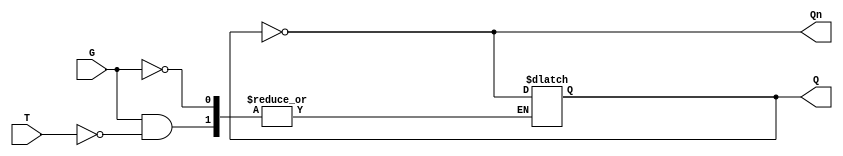
module Gated_T_Latch (
    input wire T,      // Toggle input
    input wire G,      // Gate signal
    output reg Q,      // Output
    output wire Qn     // Complement output
);

// Complement output
assign Qn = ~Q;

// Always block sensitive to G
always @ (G or T) begin
    if (G) begin
        if (T) begin
            Q <= ~Q; // Toggle state
        end
        // If T is 0, the state remains unchanged
    end
    // If G is 0, the latch maintains its current state
end

endmodule